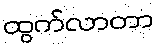
ထွက်လာတာ